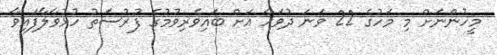
މީހުންނަށް މި މަހުގެ 22 ވަނަ ދުވަހާ އަށް ބައިވެރިވުމުގެ ފުރުސަތު ހުޅުވާލާފައިވާ